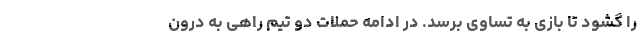
را گشود تا بازی به تساوی برسد. در ادامه حملات دو تیم راهی به درون